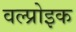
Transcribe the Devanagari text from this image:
वल्प्रोइक